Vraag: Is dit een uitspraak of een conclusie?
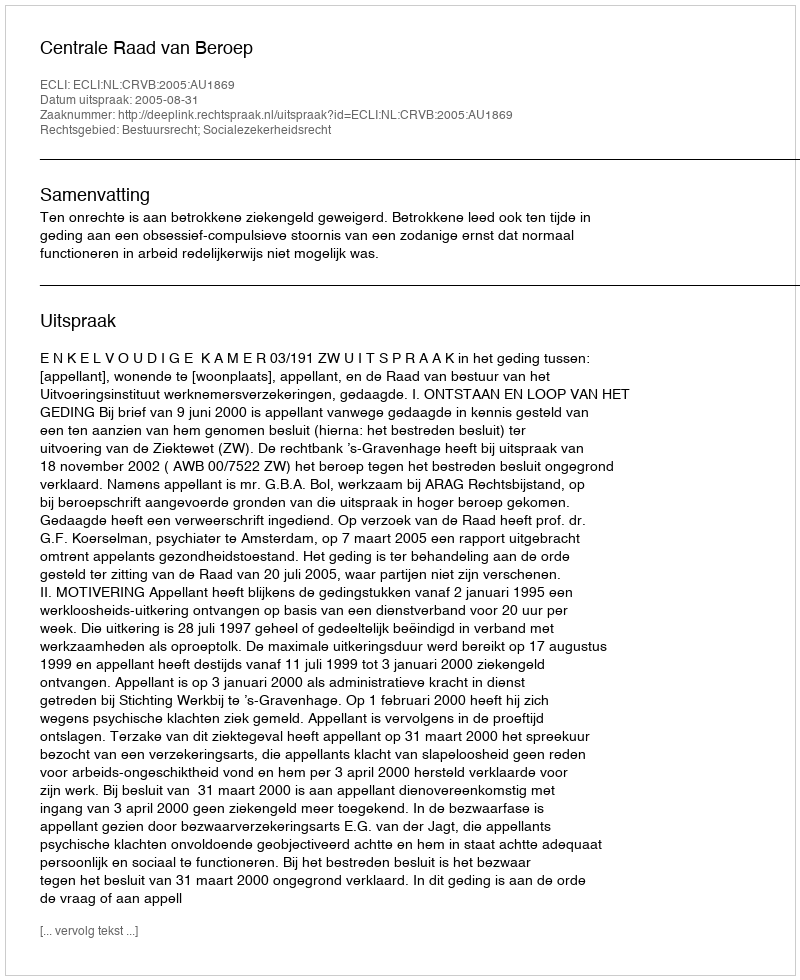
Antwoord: Uitspraak